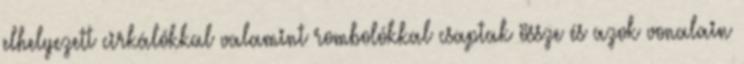
elhelyezett cirkálókkal valamint rombolókkal csaptak össze és azok vonalain